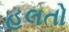
હલતો